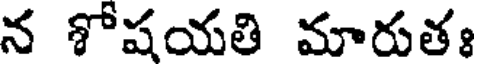
న శోషయతి మారుతః